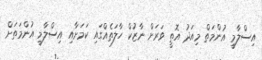
އިސްލާމީ އުންމަތް މިއަދު އޮތީ ވަރަށް ނާޒުކް ހާލަތެއްގައި ކަމަށާއި އިސްލާމީ އުންމަތަށް